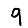
Digit: 9